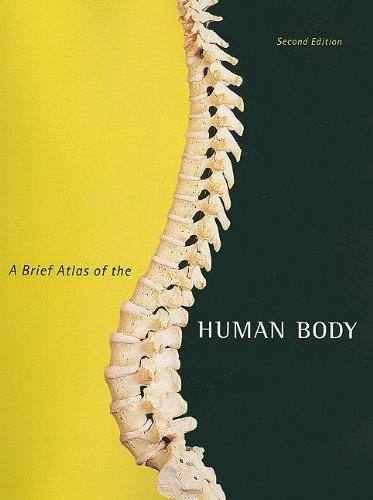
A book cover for A Brief Atlas of the Human Body; Matt Hutchinson; Science & Math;